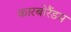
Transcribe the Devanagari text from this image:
कारबोरैंडम